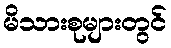
မိသားစုများတွင်